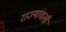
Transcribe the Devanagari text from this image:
राज्यांधली